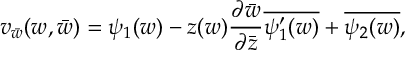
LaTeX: v _ { \bar { w } } ( w , \bar { w } ) = \psi _ { 1 } ( w ) - z ( w ) \frac { \partial \bar { w } } { \partial \bar { z } } \overline { { { \psi _ { 1 } ^ { \prime } ( w ) } } } + \overline { { { \psi _ { 2 } ( w ) } } } ,